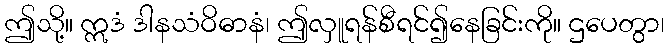
ဤသို့။ ဣဒံ ဒါနသံဝိဓာနံ၊ ဤလှူရန်စီရင်၍နေခြင်းကို။ ဌပေတွာ၊